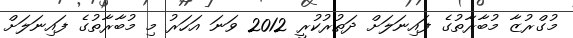
މުގްރުޒާ މުބާރާތުގެ ފައިނަލަށް ދަތުރުކުރީ 2012 ވަނަ އަހަރު މި މުބާރާތުގެ ފައިނަލަށް